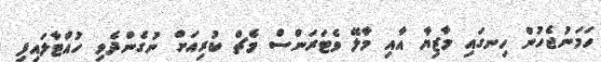
ހަމަނުޖެހުން ހިނގައި މާޒިޔާ އާއި މާލޭ ވެޓަރަންސް މެޗް ކުރިއަށް ނުގެންދެވި ހުއްޓާލައިފި